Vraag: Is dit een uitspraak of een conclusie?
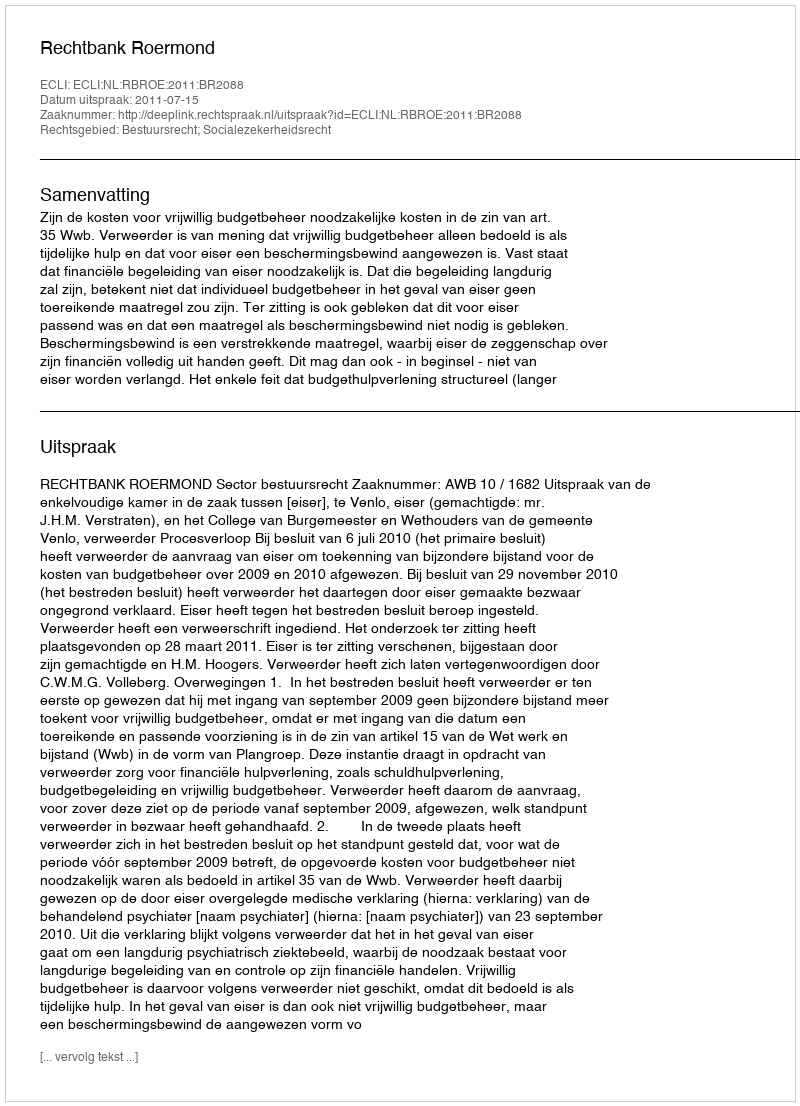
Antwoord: Uitspraak